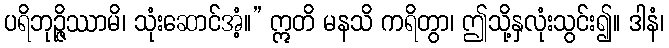
ပရိဘုဉ္ဇိဿာမိ၊ သုံးဆောင်အံ့။” ဣတိ မနသိ ကရိတွာ၊ ဤသို့နှလုံးသွင်း၍။ ဒါနံ၊